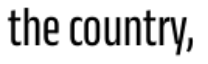
the country,